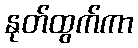
နုတ်ထွက်ကာ